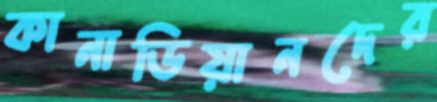
কানাডিয়ানদের